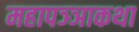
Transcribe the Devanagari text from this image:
महापञ्ञाकथा